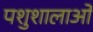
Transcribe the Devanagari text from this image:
पशुशालाओं